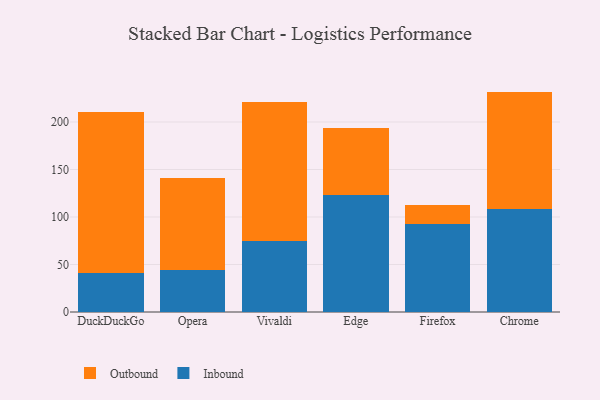
{"axis": {"x": "Browser", "y": "Temperature (°C)"}, "legend": ["Inbound", "Outbound"], "data": [{"x": "DuckDuckGo", "y": 41.3, "type": "Inbound"}, {"x": "DuckDuckGo", "y": 169.4, "type": "Outbound"}, {"x": "Opera", "y": 44.5, "type": "Inbound"}, {"x": "Opera", "y": 97.0, "type": "Outbound"}, {"x": "Vivaldi", "y": 74.7, "type": "Inbound"}, {"x": "Vivaldi", "y": 145.9, "type": "Outbound"}, {"x": "Edge", "y": 123.6, "type": "Inbound"}, {"x": "Edge", "y": 70.6, "type": "Outbound"}, {"x": "Firefox", "y": 92.6, "type": "Inbound"}, {"x": "Firefox", "y": 20.2, "type": "Outbound"}, {"x": "Chrome", "y": 108.9, "type": "Inbound"}, {"x": "Chrome", "y": 123.1, "type": "Outbound"}]}